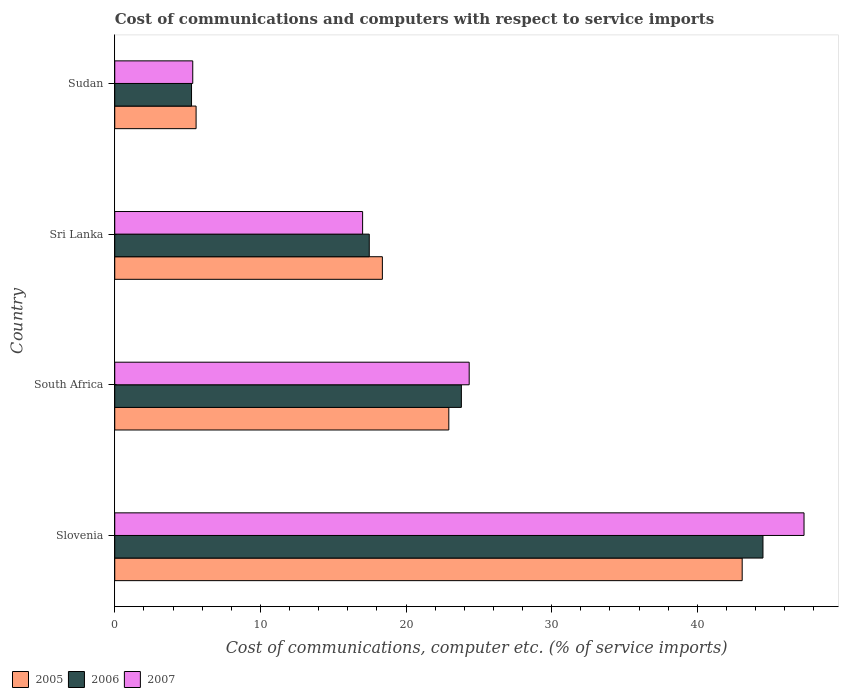
| Country | 2005 | 2006 | 2007 |
 | --- | --- | --- | --- |
 | Slovenia | 43.1 | 44.5 | 47.3 |
 | South Africa | 22.9 | 23.8 | 24.3 |
 | Sri Lanka | 18.4 | 17.5 | 17 |
 | Sudan | 5.59 | 5.27 | 5.36 |